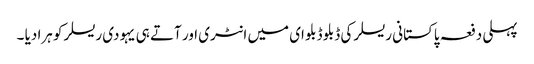
پہلی دفعہ پاکستانی ریسلر کی ڈبلو ڈبلو ای میں انٹری اور آتے ہی یہودی ریسلر کو ہرا دیا ۔